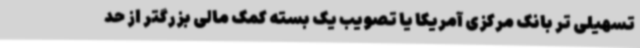
تسهیلی تر بانک مرکزی آمریکا یا تصویب یک بسته کمک مالی بزرگتر از حد